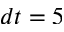
d t = 5